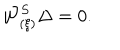
LaTeX: { \cal W } _ { ( \xi ) } ^ { S } \Delta = 0 .